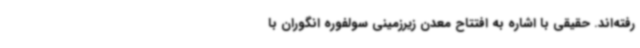
رفته‌اند. حقیقی با اشاره به افتتاح معدن زیرزمینی سولفوره انگوران با